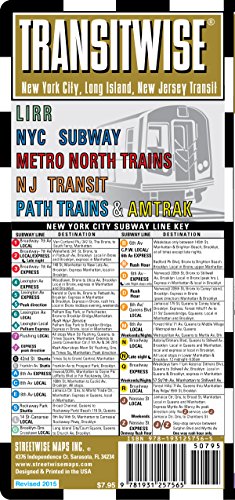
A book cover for Streetwise Transitwise New York City Subway Map - Manhattan Subway Map with New Jersey, Train, LIRR, Amtrak - NYC Metro Transit Map (Streetwise (Streetwise Maps)); Streetwise Maps; Travel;